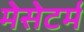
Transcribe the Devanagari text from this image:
मेसेटर्म